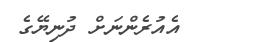
އެއުރެންނަށް ދުނިޔޭގެ